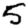
Digit: 5